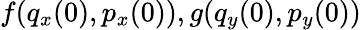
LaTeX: f(q_{x}(0),p_{x}(0)),g(q_{y}(0),p_{y}(0))